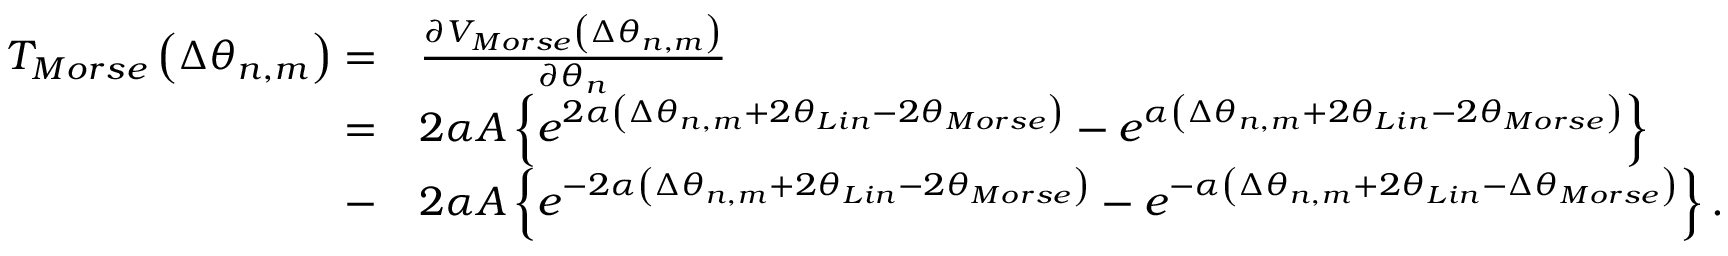
\begin{array} { r l } { { { T } _ { M o r s e } } \left( \Delta { { \theta } _ { n , m } } \right) = } & { \frac { \partial { { V } _ { M o r s e } } \left( \Delta { { \theta } _ { n , m } } \right) } { \partial { { \theta } _ { n } } } } \\ { = } & { 2 \alpha A \left\{ { { e } ^ { 2 \alpha \left( \Delta { { \theta } _ { n , m } } + 2 { { \theta } _ { L i n } } - 2 \theta _ { M o r s e } \right) } } - { { e } ^ { \alpha \left( \Delta { { \theta } _ { n , m } } + 2 { { \theta } _ { L i n } } - 2 \theta _ { M o r s e } \right) } } \right\} } \\ { - } & { 2 \alpha A \left\{ { { e } ^ { - 2 \alpha \left( \Delta { { \theta } _ { n , m } } + 2 { { \theta } _ { L i n } } - 2 \theta _ { M o r s e } \right) } } - { { e } ^ { - \alpha \left( \Delta { { \theta } _ { n , m } } + 2 { { \theta } _ { L i n } } - \Delta \theta _ { M o r s e } \right) } } \right\} . } \end{array}